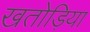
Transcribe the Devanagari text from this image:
खतोड़िया